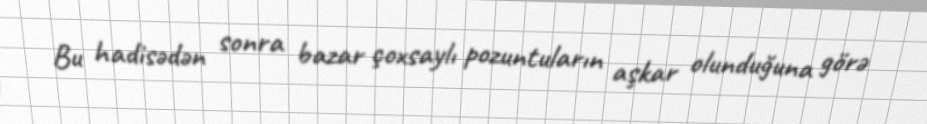
Bu hadisədən sonra bazar çoxsaylı pozuntuların aşkar olunduğuna görə